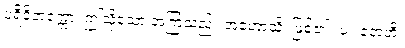
ပရိဝိတက္ကော၊ ဤသို့သော အကြံသည်။ အဟောသိ၊ ဖြစ်၏။ ပ။ တေဟိ၊